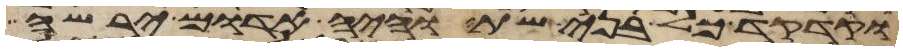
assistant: וקדקד כל בני שת והיה אדום ירשה